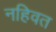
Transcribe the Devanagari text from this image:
नहिवत